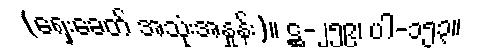
(ရှေးခေတ် အသုံးအနှုန်း)။ ဋ္ဌ-၂၅၉၊ ပါ-၁၅၃။